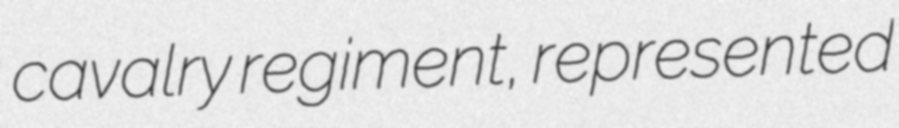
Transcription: cavalry regiment, represented